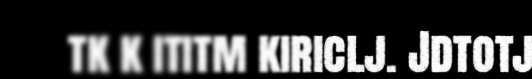
tk k ititm kiriclj. Jdtotj